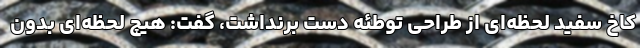
کاخ سفید لحظه‌ای از طراحی توطئه دست برنداشت، گفت: هیچ لحظه‌ای بدون